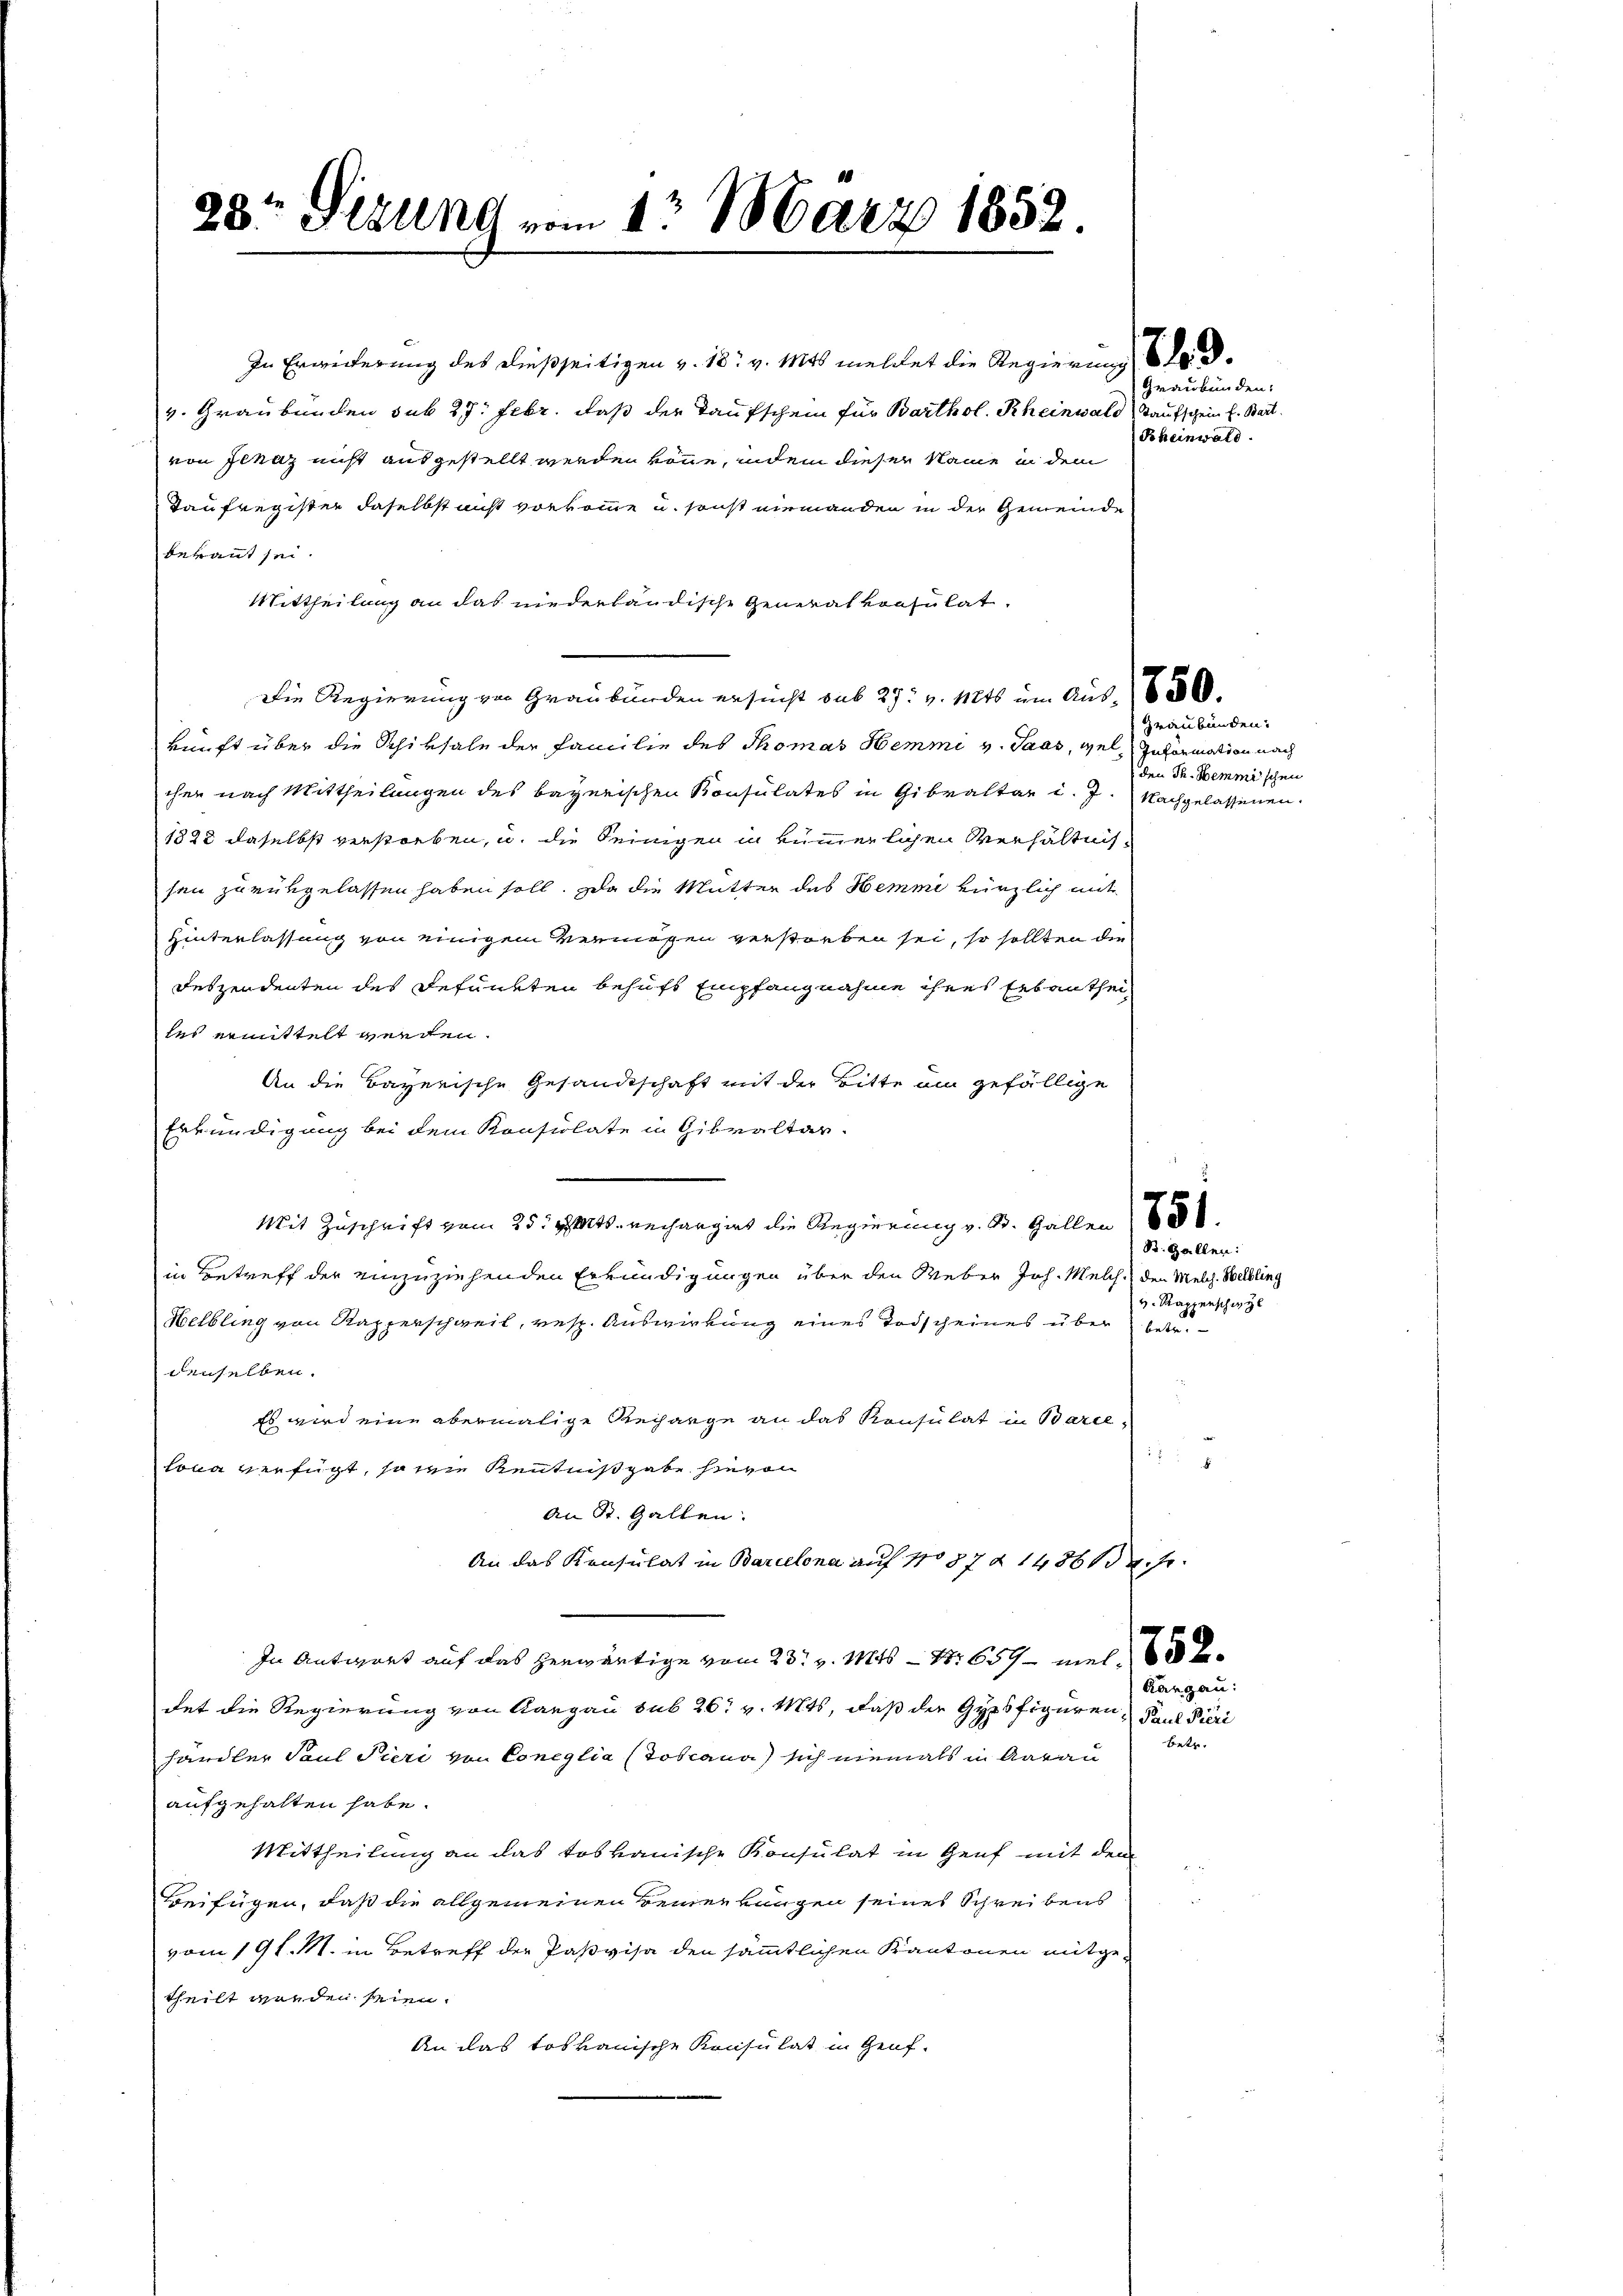
28. Sizung vom 1. März 1858

In Erweiterung des dießseitigen v. 18. v. Mts meldet die Regierung bev. Graubünden sub 27. Febr. daß der Taufschein für Barthol. Rheinwald Kaufschein E. Beit
von Schaz nicht ausgestellt werden könne, indem dieser Name in dem
Taufregister daselbst nicht vorkomme u. sonst niemanden in der Gemeinde
beraut sei.
Mittheilung an das niederländische Generalkonsulat.
Die Regierung von Graubünden ersucht sub 27. v. Mts. um Aus 630.
kunft über die Schiksale der Familie des Thomas Hemmi v. Taas, wel Information nach
cher nach Mittheilungen des bayerischen Konsulates in Gibvaltar d. J. Nachgelassenen
1822 daselbst verstorben, u. die Seinigen in kümmerlichen Verhältnissen zurükgelassen haben soll. Da die Mutter des Hemme kürzlich mit
Hinterlassung von einigem Vermögen verstorben sei, so sollten die
Deszendenten des Befunkten behufs Empfangnahme ihres Erbantheiles ermittelt werden.
An die Bayerische Gesandtschaft mit der Bitte um gefällige
Erkundigung bei dem Konsulate in Gibvaltar.
Mit Zuschrift vom 25t v. Mts. rechangirt die Regierung v. B. Gallen
S. Gallen:
in Betreff der einzuziehenden Erkundigungen über den Weber Joh. Melch. Den Melch. Helbling
Helbling von Kapperschweil, resp. Auswirkung eines Todscheines über betr.
denselben.
Es wird eine abermalige Recharge an das Konsulat in Barce
5
lona verfügt, so wie Kenntnißgabe hievon
An St. Gallen.
An das Konsulat in Barcelona auf No 87 § 1486 f.
In Antwort auf das herwärtige vom 23t v. Mts. – Nr 659 - mel
Rang
det die Regierung von Rangau sub 26. v. Mts, daß der Gyrsfiguren, Paul Pieri
n
händler Paul Pieri von Concilia (Joscana) sich niemals in Aarau
aufgehalten habe.
Mittheilung an das toskanische Konsulat in Genf mit dem
Beifügen, daß die allgemeinen keinen langen seines Schreibens
vom 19 l. M. in Betreff der Paßvisa den sämmtlichen Kantonen mitgetheilt werden seien.
An das toskanische Konsulat in Genf.

Graubünden:
Rheinwald

den Th. Demmischen

Graubünden:

v. Rapperschwyl

au: